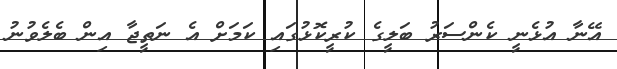
އޭނާ އުޅެނީ ކެންސަރު ބަލީގެ ކުރީކޮޅުގައި ކަމަށް އެ ނަތީޖާ އިން ބެލެވުނު